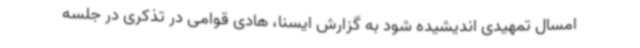
امسال تمهیدی اندیشیده شود به گزارش ایسنا، هادی قوامی در تذکری در جلسه